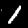
Digit: 1